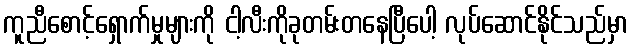
ကူညီစောင့်ရှောက်မှုများကို ငါ့လီးကိုခုတမ်းတနေပြီပေါ့ လုပ်ဆောင်နိုင်သည်မှာ